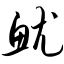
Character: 鱿